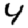
Digit: 4